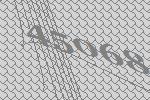
45068